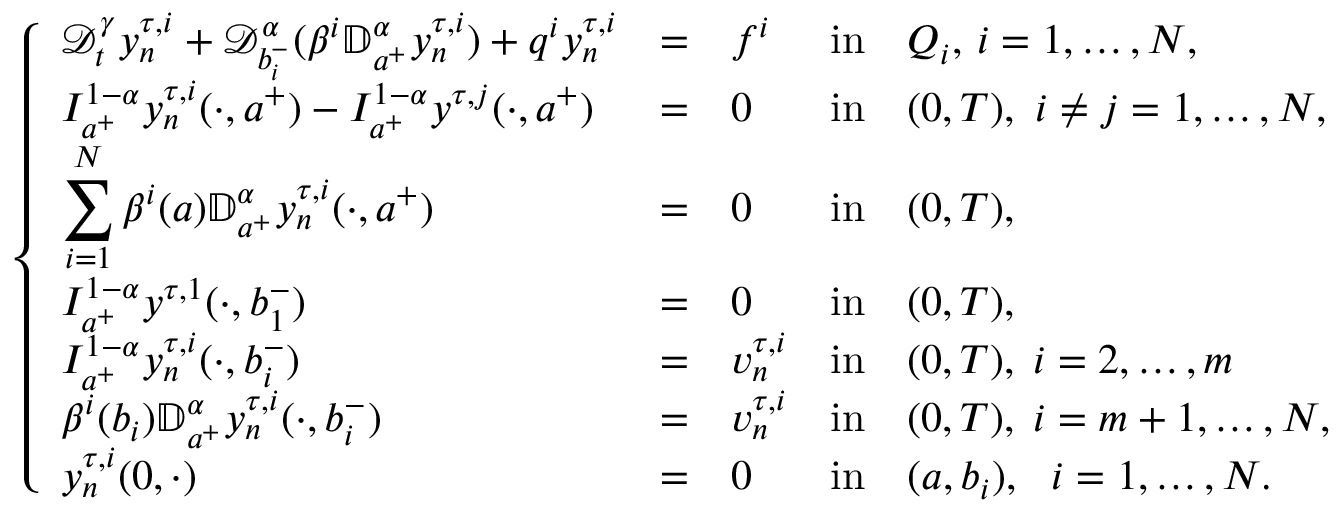
\left\{ \begin{array} { l l l l l l l l l l l l l l l l l } { \displaystyle { \mathcal D } _ { t } ^ { \gamma } y _ { n } ^ { \tau , i } + \mathcal { D } _ { b _ { i } ^ { - } } ^ { \alpha } ( \beta ^ { i } \mathbb { D } _ { a ^ { + } } ^ { \alpha } y _ { n } ^ { \tau , i } ) + q ^ { i } y _ { n } ^ { \tau , i } } & { = } & { f ^ { i } } & { \mathrm { i n } } & { Q _ { i } , \, i = 1 , \dots , N , } \\ { \displaystyle I _ { a ^ { + } } ^ { 1 - \alpha } y _ { n } ^ { \tau , i } ( \cdot , a ^ { + } ) - I _ { a ^ { + } } ^ { 1 - \alpha } y ^ { \tau , j } ( \cdot , a ^ { + } ) } & { = } & { 0 } & { \mathrm { i n } } & { ( 0 , T ) , ~ i \neq j = 1 , \dots , N , } \\ { \displaystyle \sum _ { i = 1 } ^ { N } \beta ^ { i } ( a ) \mathbb { D } _ { a ^ { + } } ^ { \alpha } y _ { n } ^ { \tau , i } ( \cdot , a ^ { + } ) } & { = } & { 0 } & { \mathrm { i n } } & { ( 0 , T ) , } \\ { \displaystyle I _ { a ^ { + } } ^ { 1 - \alpha } y ^ { \tau , 1 } ( \cdot , b _ { 1 } ^ { - } ) } & { = } & { 0 } & { \mathrm { i n } } & { ( 0 , T ) , } \\ { \displaystyle I _ { a ^ { + } } ^ { 1 - \alpha } y _ { n } ^ { \tau , i } ( \cdot , b _ { i } ^ { - } ) } & { = } & { v _ { n } ^ { \tau , i } } & { \mathrm { i n } } & { ( 0 , T ) , \; i = 2 , \dots , m } \\ { \displaystyle \beta ^ { i } ( b _ { i } ) \mathbb { D } _ { a ^ { + } } ^ { \alpha } y _ { n } ^ { \tau , i } ( \cdot , b _ { i } ^ { - } ) } & { = } & { v _ { n } ^ { \tau , i } } & { \mathrm { i n } } & { ( 0 , T ) , \; i = m + 1 , \dots , N , } \\ { \displaystyle y _ { n } ^ { \tau , i } ( 0 , \cdot ) } & { = } & { 0 } & { \mathrm { i n } } & { ( a , b _ { i } ) , ~ ~ i = 1 , \dots , N . } \end{array} \right.